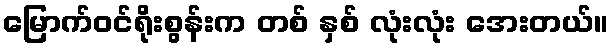
မြောက်ဝင်ရိုးစွန်းက တစ် နှစ် လုံးလုံး အေးတယ်။